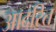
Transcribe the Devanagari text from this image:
आदरित